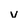
Character: v